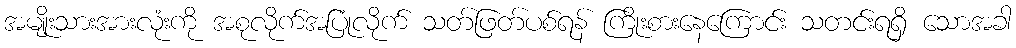
အမျိုးသားအားလုံးကို အစုလိုက်အပြုံလိုက် သတ်ဖြတ်ပစ်ရန် ကြိုးစားနေကြောင်း သတင်းရရှိ သောအခါ